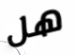
هل